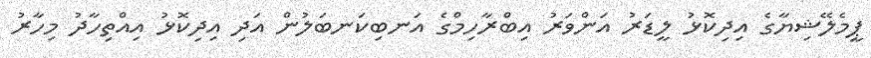
ޕީމެލޭޝިޔާގެ އިދިކޮޅު ލީޑަރު އަންވަރު އިބްރާހިމްގެ އަނބިކަނބަލުން އަދި އިދިކޮޅު އިއްތިހާދު މިހާރު